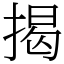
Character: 揭